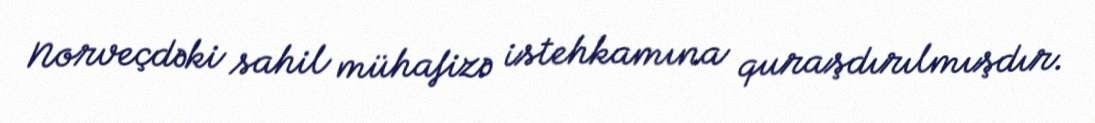
Norveçdəki sahil mühafizə istehkamına quraşdırılmışdır.